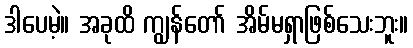
ဒါပေမဲ့။ အခုထိ ကျွန်တော် အိမ်မရှာဖြစ်သေးဘူး။